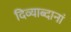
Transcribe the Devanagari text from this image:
दिव्याब्दानां